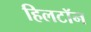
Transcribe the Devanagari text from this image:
हिलटॉन